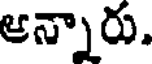
ఆన్నారు.